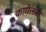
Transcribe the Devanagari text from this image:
कायेलंबी